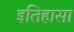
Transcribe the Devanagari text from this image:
इतिहासा